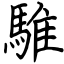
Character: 騅